Rangoon Lunatic Asylum 1878-1892 - 1878-1892
Year: 1878
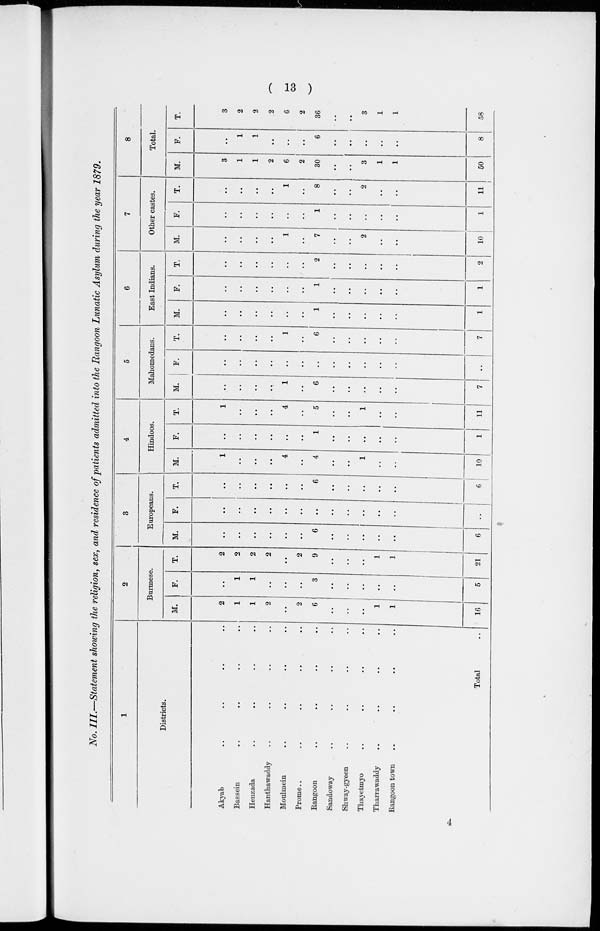
( 13 )
No. III.—Statement showing the religion, sex, and residence of patients admitted into the Rangoon Lunatic Asylum during the year 1879.
1
Districts.
Akyab .. .. .. ..
Bassein .. .. .. ..
Henzada .. .. .. ..
Hanthawaddy .. .. .. ..
Moulmein .. .. .. ..
Prome .. .. .. ..
Rangoon .. .. .. ..
Sandoway .. .. .. ..
Skway-gyeen .. .. .. ..
Thayetmyo .. .. .. ..
Tharrawaddy .. .. .. ..
Rangoon
town .. .. .. ..
Total ..
2
Burmese.
M.
2
1
1
2
..
2
6
..
..
..
1
1
16
F.
1
1
..
..
..
3
..
..
..
..
..
5
T.
2
2
2
2
..
2
9
..
..
..
1
1
21
3
Europeans.
M.
..
..
..
..
..
..
6
..
..
..
..
..
6
F.
..
..
..
..
..
..
..
..
..
..
..
..
..
T.
..
..
..
..
..
..
6
..
..
..
..
..
6
4
Hindoos.
M.
1
..
..
..
4
..
4
..
..
1
..
..
10
F.
..
..
..
..
..
..
1
..
..
..
..
..
1
T.
1
..
..
..
4
..
5
..
..
1
..
..
11
5
Mahomedans.
M.
..
..
..
..
1
..
6
..
..
..
..
..
7
F.
..
..
..
..
..
..
..
..
..
..
..
..
..
T.
..
..
..
..
1
..
6
..
..
..
..
..
7
6
East Indians.
M.
..
..
..
..
..
..
1
..
..
..
..
..
1
F.
..
..
..
..
..
..
1
..
..
..
..
..
1
T.
..
..
..
..
..
..
2
..
..
..
..
..
2
7
Other castes.
M.
..
..
..
..
1
..
7
..
..
2
..
..
10
F.
..
..
..
..
..
..
1
..
..
..
..
..
1
T.
..
..
..
..
1
..
8
..
..
2
..
..
11
8
Total.
M.
3
1
1
2
6
2
30
..
..
3
1
1
50
F.
..
1
1
..
..
..
6
..
..
..
..
..
8
T.
3
2
2
2
6
2
36
..
..
3
1
1
58
4